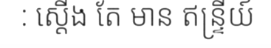
: ស្តើង តែ មាន ឥន្ទ្រីយ៍